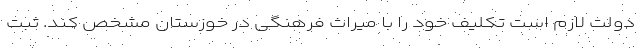
دولت لازم است تکلیف خود را با میراث فرهنگی در خوزستان مشخص کند. ثبت